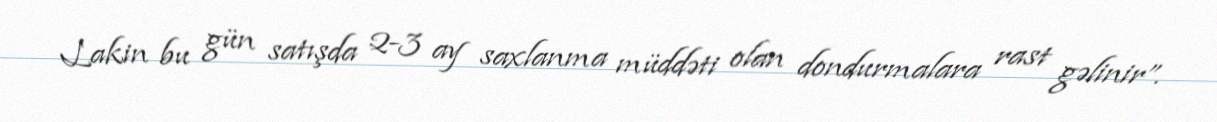
Lakin bu gün satışda 2-3 ay saxlanma müddəti olan dondurmalara rast gəlinir”.